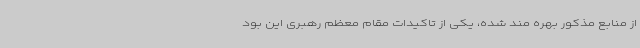
از منابع مذکور بهره مند شده، یکی از تاکیدات مقام معظم رهبری این بود